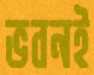
ভবনই